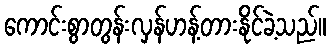
ကောင်းစွာတွန်းလှန်ဟန့်တားနိုင်ခဲ့သည်။